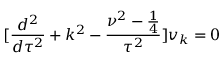
[ \frac { d ^ { 2 } } { d \tau ^ { 2 } } + k ^ { 2 } - \frac { \nu ^ { 2 } - \frac { 1 } { 4 } } { \tau ^ { 2 } } ] v _ { k } = 0